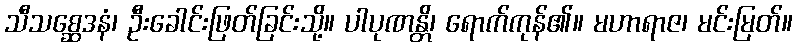
သီသစ္ဆေဒနံ၊ ဦးခေါင်းဖြတ်ခြင်းသို့။ ပါပုဏန္တိ၊ ရောက်ကုန်၏။ မဟာရာဇ၊ မင်းမြတ်။